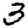
Digit: 3